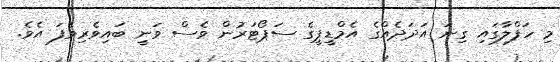
މި ހަފްލާގައި ގިނަ އަދަދެއްގެ އެމްޑީޕީގެ ސަޕޯޓަރުން ވެސް ވަނީ ބައިވެރިވެފަ އެވެ.